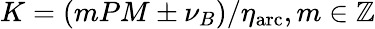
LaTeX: K=(mPM\pm\nu_{B})/\eta_{\mathrm{arc}},m\in\mathbb{Z}